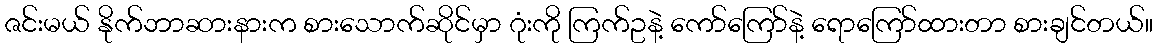
ဇင်းမယ် နိုက်ဘာဆားနားက စားသောက်ဆိုင်မှာ ဂုံးကို ကြက်ဥနဲ့ ကော်ကြော်နဲ့ ရောကြော်ထားတာ စားချင်တယ်။